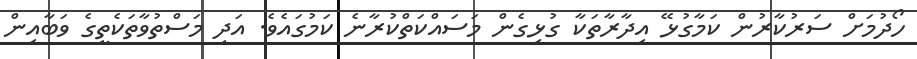
ހޯދުމަށް ސަރުކާރުން ކަމާގުޅޭ އިދާރާތަކާ ގުޅިގެން މަސައްކަތްކުރާނެ ކަމުގައެވެ. އަދި މަސްތުވާތަކެތީގެ ވަބާއިން